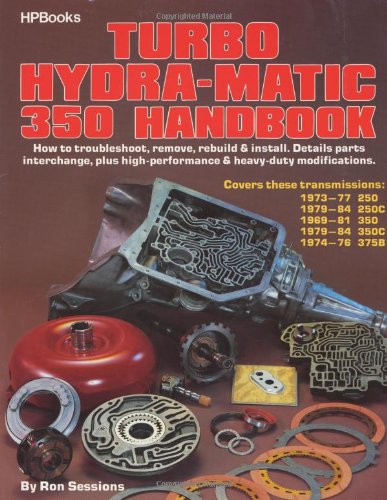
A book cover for Turbo Hydra-Matic 350 Handbook; Ron Sessions; Engineering & Transportation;